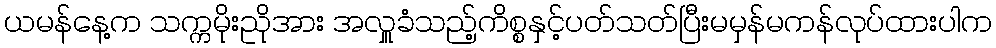
ယမန်နေ့က သက္ကမိုးညိုအား အလှူခံသည့်ကိစ္စနှင့်ပတ်သတ်ပြီးမမှန်မကန်လုပ်ထားပါက